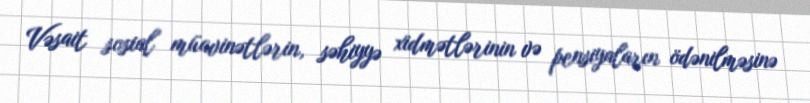
Vəsait sosial müavinətlərin, səhiyyə xidmətlərinin və pensiyaların ödənilməsinə